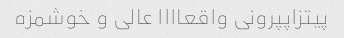
پیتزاپپرونی واقعاااا عالی و خوشمزه